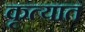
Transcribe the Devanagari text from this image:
कृत्यात